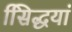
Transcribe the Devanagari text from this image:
सििद्धयां